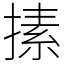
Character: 㨞